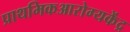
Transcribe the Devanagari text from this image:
प्राथमिकआरोग्यकेंद्र